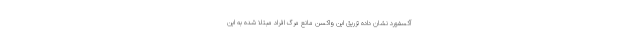
آکسفورد نشان داده تزریق این واکسن مانع مرگ افراد مبتلا شده به این